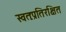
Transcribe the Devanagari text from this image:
स्वतःप्रतिरक्षित